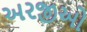
અરજીઓ